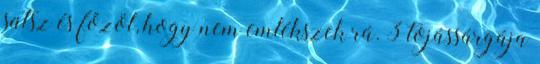
sütsz és főzöl, hogy nem emlékszek rá. 3 tojássárgája